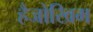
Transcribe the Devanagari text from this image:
हैजोखिम